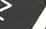
وأمور